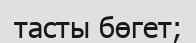
тасты бөгет;